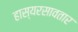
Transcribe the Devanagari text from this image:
हास्यरसावतार